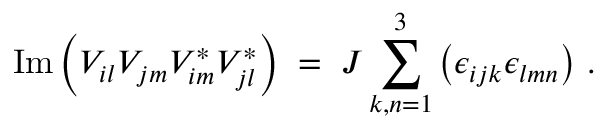
\mathrm { I m } \left( V _ { i l } V _ { j m } V _ { i m } ^ { * } V _ { j l } ^ { * } \right) \; = \; { \cal J } \sum _ { k , n = 1 } ^ { 3 } \left( \epsilon _ { i j k } \epsilon _ { l m n } \right) \, .